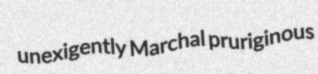
unexigently Marchal pruriginous